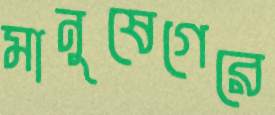
মানুষেগেরে